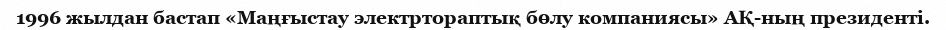
1996 жылдан бастап «Маңғыстау электртораптық бөлу компаниясы» АҚ-ның президенті.